Papers set at the Examination for Leaving Certificates, 1893
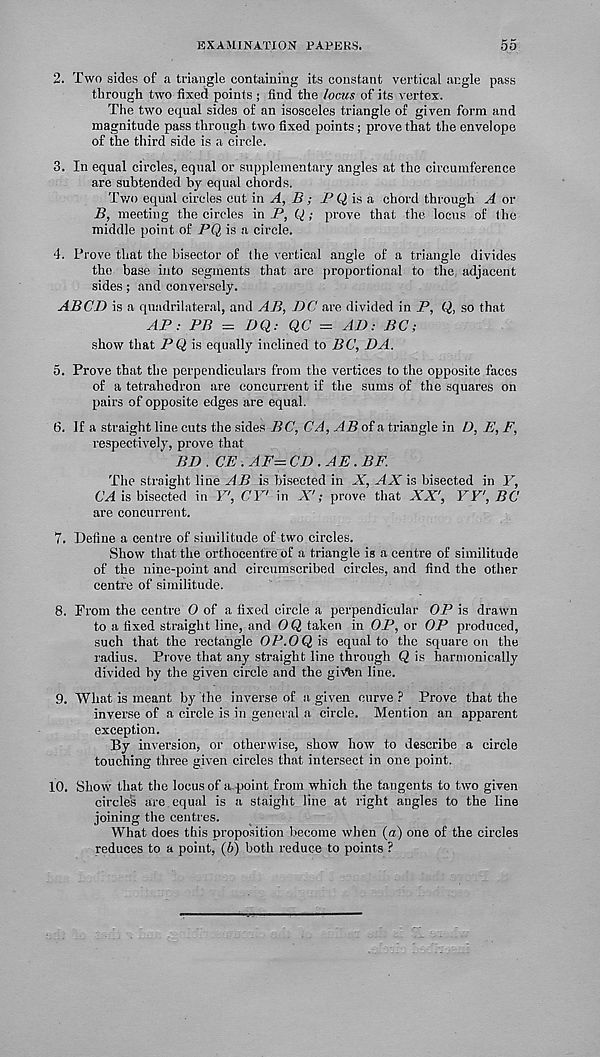
EXAMINATION PAPERS.
55
2. Two sides of a triangle containing its constant vertical angle pass
through two fixed points ; find the locus of its vertex.
The two equal sides of an isosceles triangle of given form and
magnitude pass through two fixed points; prove that the envelope
of the third side is a circle.
3. In equal circles, equal or supplementary angles at the circumference
are subtended by equal chords.
Two equal circles cut in A, B; P Q is a chord through A or
B, meeting the circles in P, Q ; prove that the locus of the
middle point of PQ is a circle.
4. Prove that the bisector of the vertical angle of a triangle divides
the base into segments that are proportional to the adjacent
sides; and conversely.
ABCD is a quadrilateral, and AB, DC are divided in P, Q, so that
AP: PB = DQ: QC = AD: BC;
show that PQ is equally inclined to BC, DA.
5. Prove that the perpendiculars from the vertices to the opposite faces
of a tetrahedron are concurrent if the sums of the squares on
pairs of opposite edges are equal.
6. If a straight line cuts the sides BC, CA, AB of a triangle in I), E, F,
respectively, prove that
BD . CE. AF= CD.AE. BF.
The straight line AB is bisected in X, AX is bisected in Y,
CA is bisected in V', CY' in X'; prove that XX', YY', BC
are concurrent.
7. Define a centre of similitude of two circles.
Show that the orthocentre of a triangle is a centre of similitude
of the nine-point and circumscribed circles, and find the other
centre of similitude.
8. From the centre O of a fixed circle a perpendicular OP is drawn
to a fixed straight line, and 0 Q taken in OP, or OP produced,
such that the rectangle OF.OQ is equal to the square on the
radius. Prove that any straight line through Q is harmonically
divided by the given circle and the giVhn line.
9. What is meant by the inverse of a given curve ? Prove that the
inverse of a circle is in general a circle. Mention an apparent
exception.
By inversion, or otherwise, show how to describe a circle
touching three given circles that intersect in one point.
10. Show that the locus of a point from which the tangents to two given
circles are equal is a staight line at right angles to the line
joining the centres.
What does this proposition become when (a) one of the circles
reduces to a point, (6) both reduce to points ?